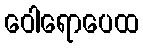
ဝေါရောပေထ